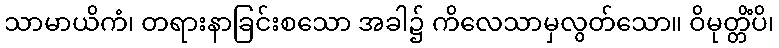
သာမာယိကံ၊ တရားနာခြင်းစသော အခါ၌ ကိလေသာမှလွတ်သော။ ဝိမုတ္တိံပိ၊